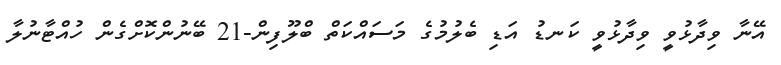
އޭނާ ވިދާޅުވީ ވިދާޅުވީ ކަނޑު އަޑި ބެލުމުގެ މަސައްކަތް ބްލޫފިން-21 ބޭނުންކޮށްގެން ހުއްޓާނުލާ